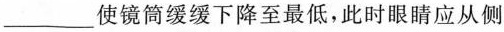
___使镜筒缓缓下降至最低，此时眼睛应从侧